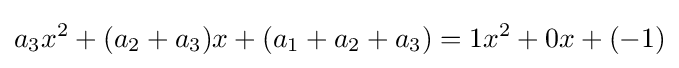
a_{3}x^{2}+(a_{2}+a_{3})x+(a_{1}+a_{2}+a_{3})=1x^{2}+0x+(-1)